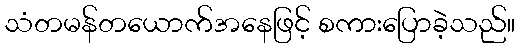
သံတမန်တယောက်အနေဖြင့် စကားပြောခဲ့သည်။